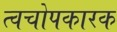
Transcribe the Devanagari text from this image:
त्वचोपकारक